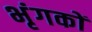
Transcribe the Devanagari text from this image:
भृंगकों